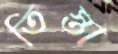
তিস্তা